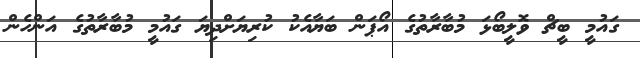
ގައުމީ ބީޗް ވޮލީބޯޅަ މުބާރާތުގެ އޯޕަން ބަޔާއެކު ކުރިޔަށްދިޔަ ގައުމީ މުބާރާތުގެ އަންހެން